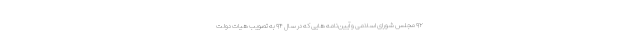
۹۲ مجلس شورای اسلامی و آیین‌نامه هایی که در سال ۹۴ به تصویب هیات دولت